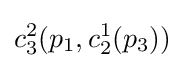
c_{3}^{2}(p_{1},c_{2}^{1}(p_{3}))